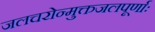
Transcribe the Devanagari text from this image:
जलचरोन्मुक्तजलपूर्णाः